Annual administration report of the Civil Veterinary Department of India - 1897-1898
Year: 1897
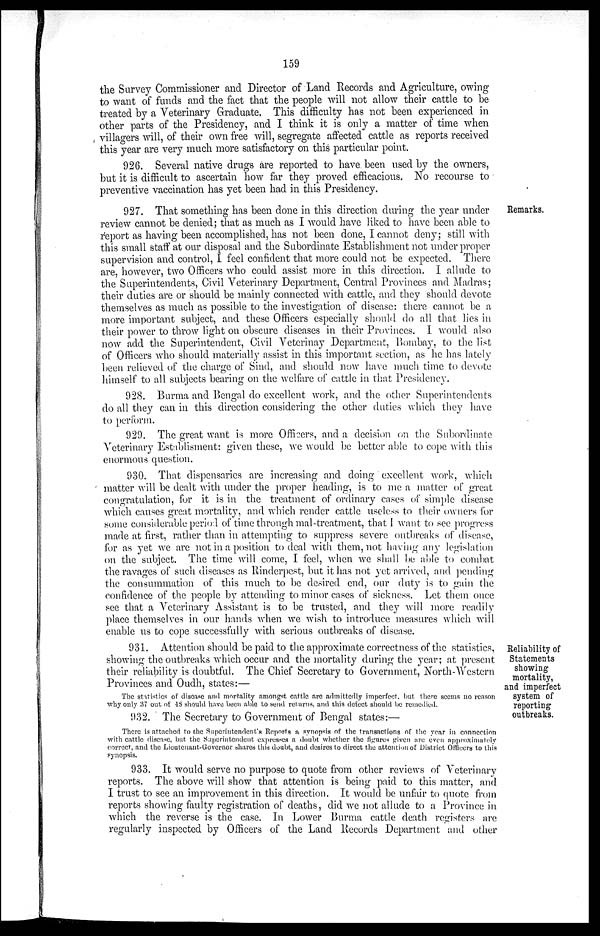
159
the Survey Commissioner and Director of Land Records and Agriculture, owing
to want of funds and the fact that the people will not allow their cattle to be
treated by a Veterinary Graduate. This difficulty has not been experienced in
other parts of the Presidency, and I think it is only a matter of time when
villagers will, of their own free will, segregate affected cattle as reports received
this year are very much more satisfactory on this particular point.
926. Several native drugs are reported to have been used by the owners,
but it is difficult to ascertain how far they proved efficacious. No recourse to
preventive vaccination has yet been had in this Presidency.
Remarks.
927. That something has been done in this direction during the year under
review cannot be denied; that as much as I would have liked to have been able to
report as having been accomplished, has not been done, I cannot deny; still with
this small staff at our disposal and the Subordinate Establishment not under proper
supervision and control, I feel confident that more could not be expected. There
are, however, two Officers who could assist more in this direction. I allude to
the Superintendents, Civil Veterinary Department, Central Provinces and Madras;
their duties are or should be mainly connected with cattle, and they should devote
themselves as much as possible to the investigation of disease: there cannot be a
more important subject, and these Officers especially should do all that lies in
their power to throw light on obscure diseases in their Provinces. I would also
now add the Superintendent, Civil Veterinay Department, Bombay, to the list
of Officers who should materially assist in this important section, as he has lately
been relieved of the charge of Sind, and should now have much time to devote
himself to all subjects bearing on the welfare of cattle in that Presidency.
928. Burma and Bengal do excellent work, and the other Superintendents
do all they can in this direction considering the other duties which they have
to perform.
929. The great want is more Officers, and a decision on the Subordinate
Veterinary Establisment: given these, we would be better able to cope with this
enormous question.
930. That dispensaries are increasing and doing excellent work, which
matter will be dealt with under the proper heading, is to me a matter of great
congratulation, for it is in the treatment of ordinary cases of simple disease
which causes great mortality, and which render cattle useless to their owners for
some considerable period of time through mal-treatment, that I want to see progress
made at first, rather than in attempting to suppress severe outbreaks of disease,
for as yet we are not in a position to deal with them, not having any legislation
on the subject. The time will come, I feel, when we shall be able to combat
the ravages of such diseases as Rinderpest, but it has not yet arrived, and pending
the consummation of this much to be desired end, our duty is to gain the
confidence of the people by attending to minor cases of sickness. Let them once
see that a Veterinary Assistant is to be trusted, and they will more readily
place themselves in our hands when we wish to introduce measures which will
enable us to cope successfully with serious outbreaks of disease.
Reliability of
Statements
showing
mortality,
and imperfect
system of
reporting
outbreaks.
931. Attention should be paid to the approximate correctness of the statistics,
showing the outbreaks which occur and the mortality during the year; at present
their reliability is doubtful. The Chief Secretary to Government, North-Western
Provinces and Oudh, states:—
The statistics of disease and mortality amongst cattle are admittedly imperfect, but there seems no reason
why only 37 out of 48 should have been able to send returns, and this defect should be remedied.
932. The Secretary to Government of Bengal states:—
There is attached to the Superintendent's Reports a synopsis of the transactions of the year in connection
with cattle disease, but the Superintendent expresses a doubt whether the figures given are even approximately
correct, and the Lieutenant-Governor shares this doubt, and desires to direct the attention of District Officers to this
synopsis.
933. It would serve no purpose to quote from other reviews of Veterinary
reports. The above will show that attention is being paid to this matter, and
I trust to see an improvement in this direction. It would be unfair to quote from
reports showing faulty registration of deaths, did we not allude to a Province in
which the reverse is the case. In Lower Burma cattle death registers are
regularly inspected by Officers of the Land Records Department and other